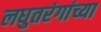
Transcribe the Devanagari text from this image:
लघुतरंगांच्या